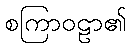
စကြာဝဠာ၏